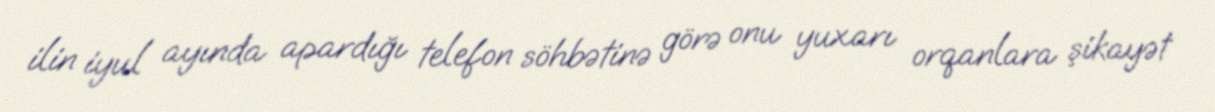
ilin iyul ayında apardığı telefon söhbətinə görə onu yuxarı orqanlara şikayət